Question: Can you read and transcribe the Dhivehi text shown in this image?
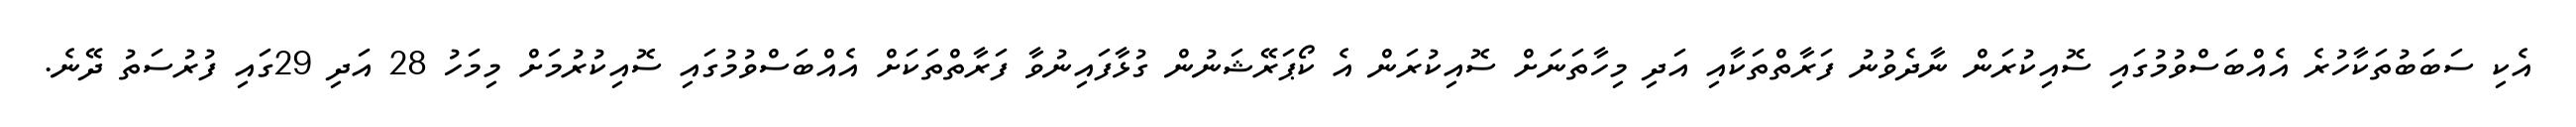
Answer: އެކި ސަބަބުތަކާހުރެ އެއްބަސްވުމުގައި ސޮއިކުރަން ނާދެވުނު ފަރާތްތަކާއި އަދި މިހާތަނަށް ސޮއިކުރަން އެ ކޯޕަރޭޝަނުން ގުޅާފައިނުވާ ފަރާތްތަކަށް އެއްބަސްވުމުގައި ސޮއިކުރުމަށް މިމަހު 28 އަދި 29ގައި ފުރުސަތު ދޭނެ.